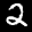
Label: 2